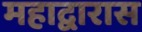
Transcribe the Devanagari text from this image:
महाद्वारास